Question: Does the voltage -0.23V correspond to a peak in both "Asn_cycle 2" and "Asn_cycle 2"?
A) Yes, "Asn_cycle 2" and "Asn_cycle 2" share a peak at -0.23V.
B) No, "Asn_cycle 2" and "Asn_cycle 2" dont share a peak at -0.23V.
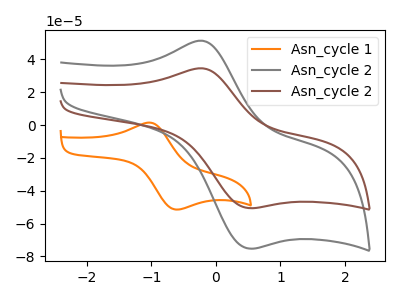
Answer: <think>The orange curve "Asn_cycle 1" has an anodic peak at (-1.05V, 1.50uA) and a cathodic peak at (-0.65V, -51.30uA). The gray curve "Asn_cycle 2" has an anodic peak at (-0.25V, 51.35uA) and a cathodic peak at (0.50V, -75.20uA). The brown curve "Asn_cycle 2" has an anodic peak at (-0.25V, 34.55uA) and a cathodic peak at (0.50V, -50.60uA).</think>
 <answer>A) Yes, "Asn_cycle 2" and "Asn_cycle 2" share a peak at -0.23V.</answer>
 <eval>A</eval>